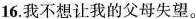
16.我不想让我的父母失望。